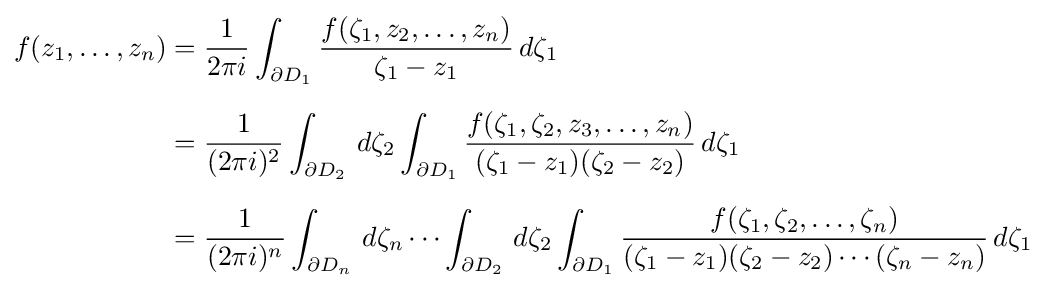
{\begin{aligned}f(z_{1},\ldots ,z_{n})&={\frac {1}{2\pi i}}\int _{\partial D_{1}}{\frac {f(\zeta _{1},z_{2},\ldots ,z_{n})}{\zeta _{1}-z_{1}}}\,d\zeta _{1}\\[6pt]&={\frac {1}{(2\pi i)^{2}}}\int _{\partial D_{2}}\,d\zeta _{2}\int _{\partial D_{1}}{\frac {f(\zeta _{1},\zeta _{2},z_{3},\ldots ,z_{n})}{(\zeta _{1}-z_{1})(\zeta _{2}-z_{2})}}\,d\zeta _{1}\\[6pt]&={\frac {1}{(2\pi i)^{n}}}\int _{\partial D_{n}}\,d\zeta _{n}\cdots \int _{\partial D_{2}}\,d\zeta _{2}\int _{\partial D_{1}}{\frac {f(\zeta _{1},\zeta _{2},\ldots ,\zeta _{n})}{(\zeta _{1}-z_{1})(\zeta _{2}-z_{2})\cdots (\zeta _{n}-z_{n})}}\,d\zeta _{1}\end{aligned}}